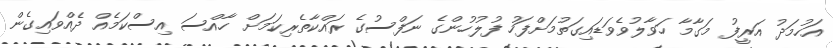
އަހުމަދު އަރީފު މަގާމާ ހަވާލުވެވަޑައިގަތުމަށްފަހު ފުލުހުންގެ ނަފްސުގެ ރައްކާތެރިކަމަށް ހާއްސަ އިސްކަމެއް ދެއްވައިގެން